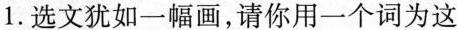
1.选文犹如一幅画，请你用一个词为这